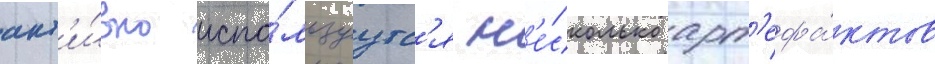
акт'и́вно испо́льзуутс'я н'е́сколько арт'ефа́ктов